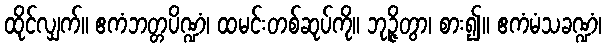
ထိုင်လျှက်။ ဧကံဘတ္တပိဏ္ဍံ၊ ထမင်းတစ်ဆုပ်ကို။ ဘုဉ္ဇိတွာ၊ စား၍။ ဧကံမံသခဏ္ဍံ၊